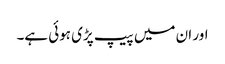
اور ان میں پیپ پڑی ہوئی ہے۔